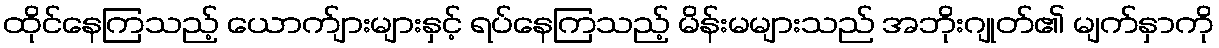
ထိုင်နေကြသည့် ယောက်ျားများနှင့် ရပ်နေကြသည့် မိန်းမများသည် အဘိုးဂျုတ်၏ မျက်နှာကို